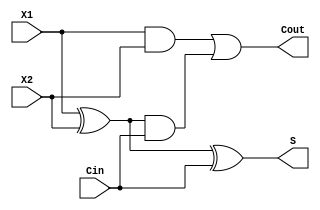
module Full_Adder( 
  input X1, X2, Cin, 
  output S, Cout
  );  
    wire a1, a2, a3;    
    xor u1(a1,X1,X2);
 and u2(a2,X1,X2);
 and u3(a3,a1,Cin);
 or u4(Cout,a2,a3);
    xor u5(S,a1,Cin); 
endmodule